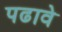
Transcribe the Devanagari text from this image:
पढावे